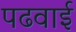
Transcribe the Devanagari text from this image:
पढवाई